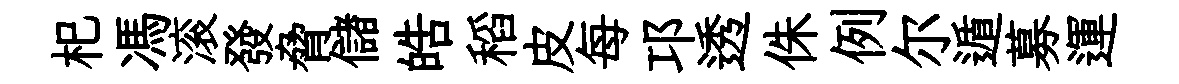
𣏌馮滚發脅儲皓稻皮每邛透侏例尔遁募運